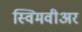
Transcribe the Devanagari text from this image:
स्विमवीअर